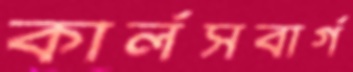
কার্লসবার্গ